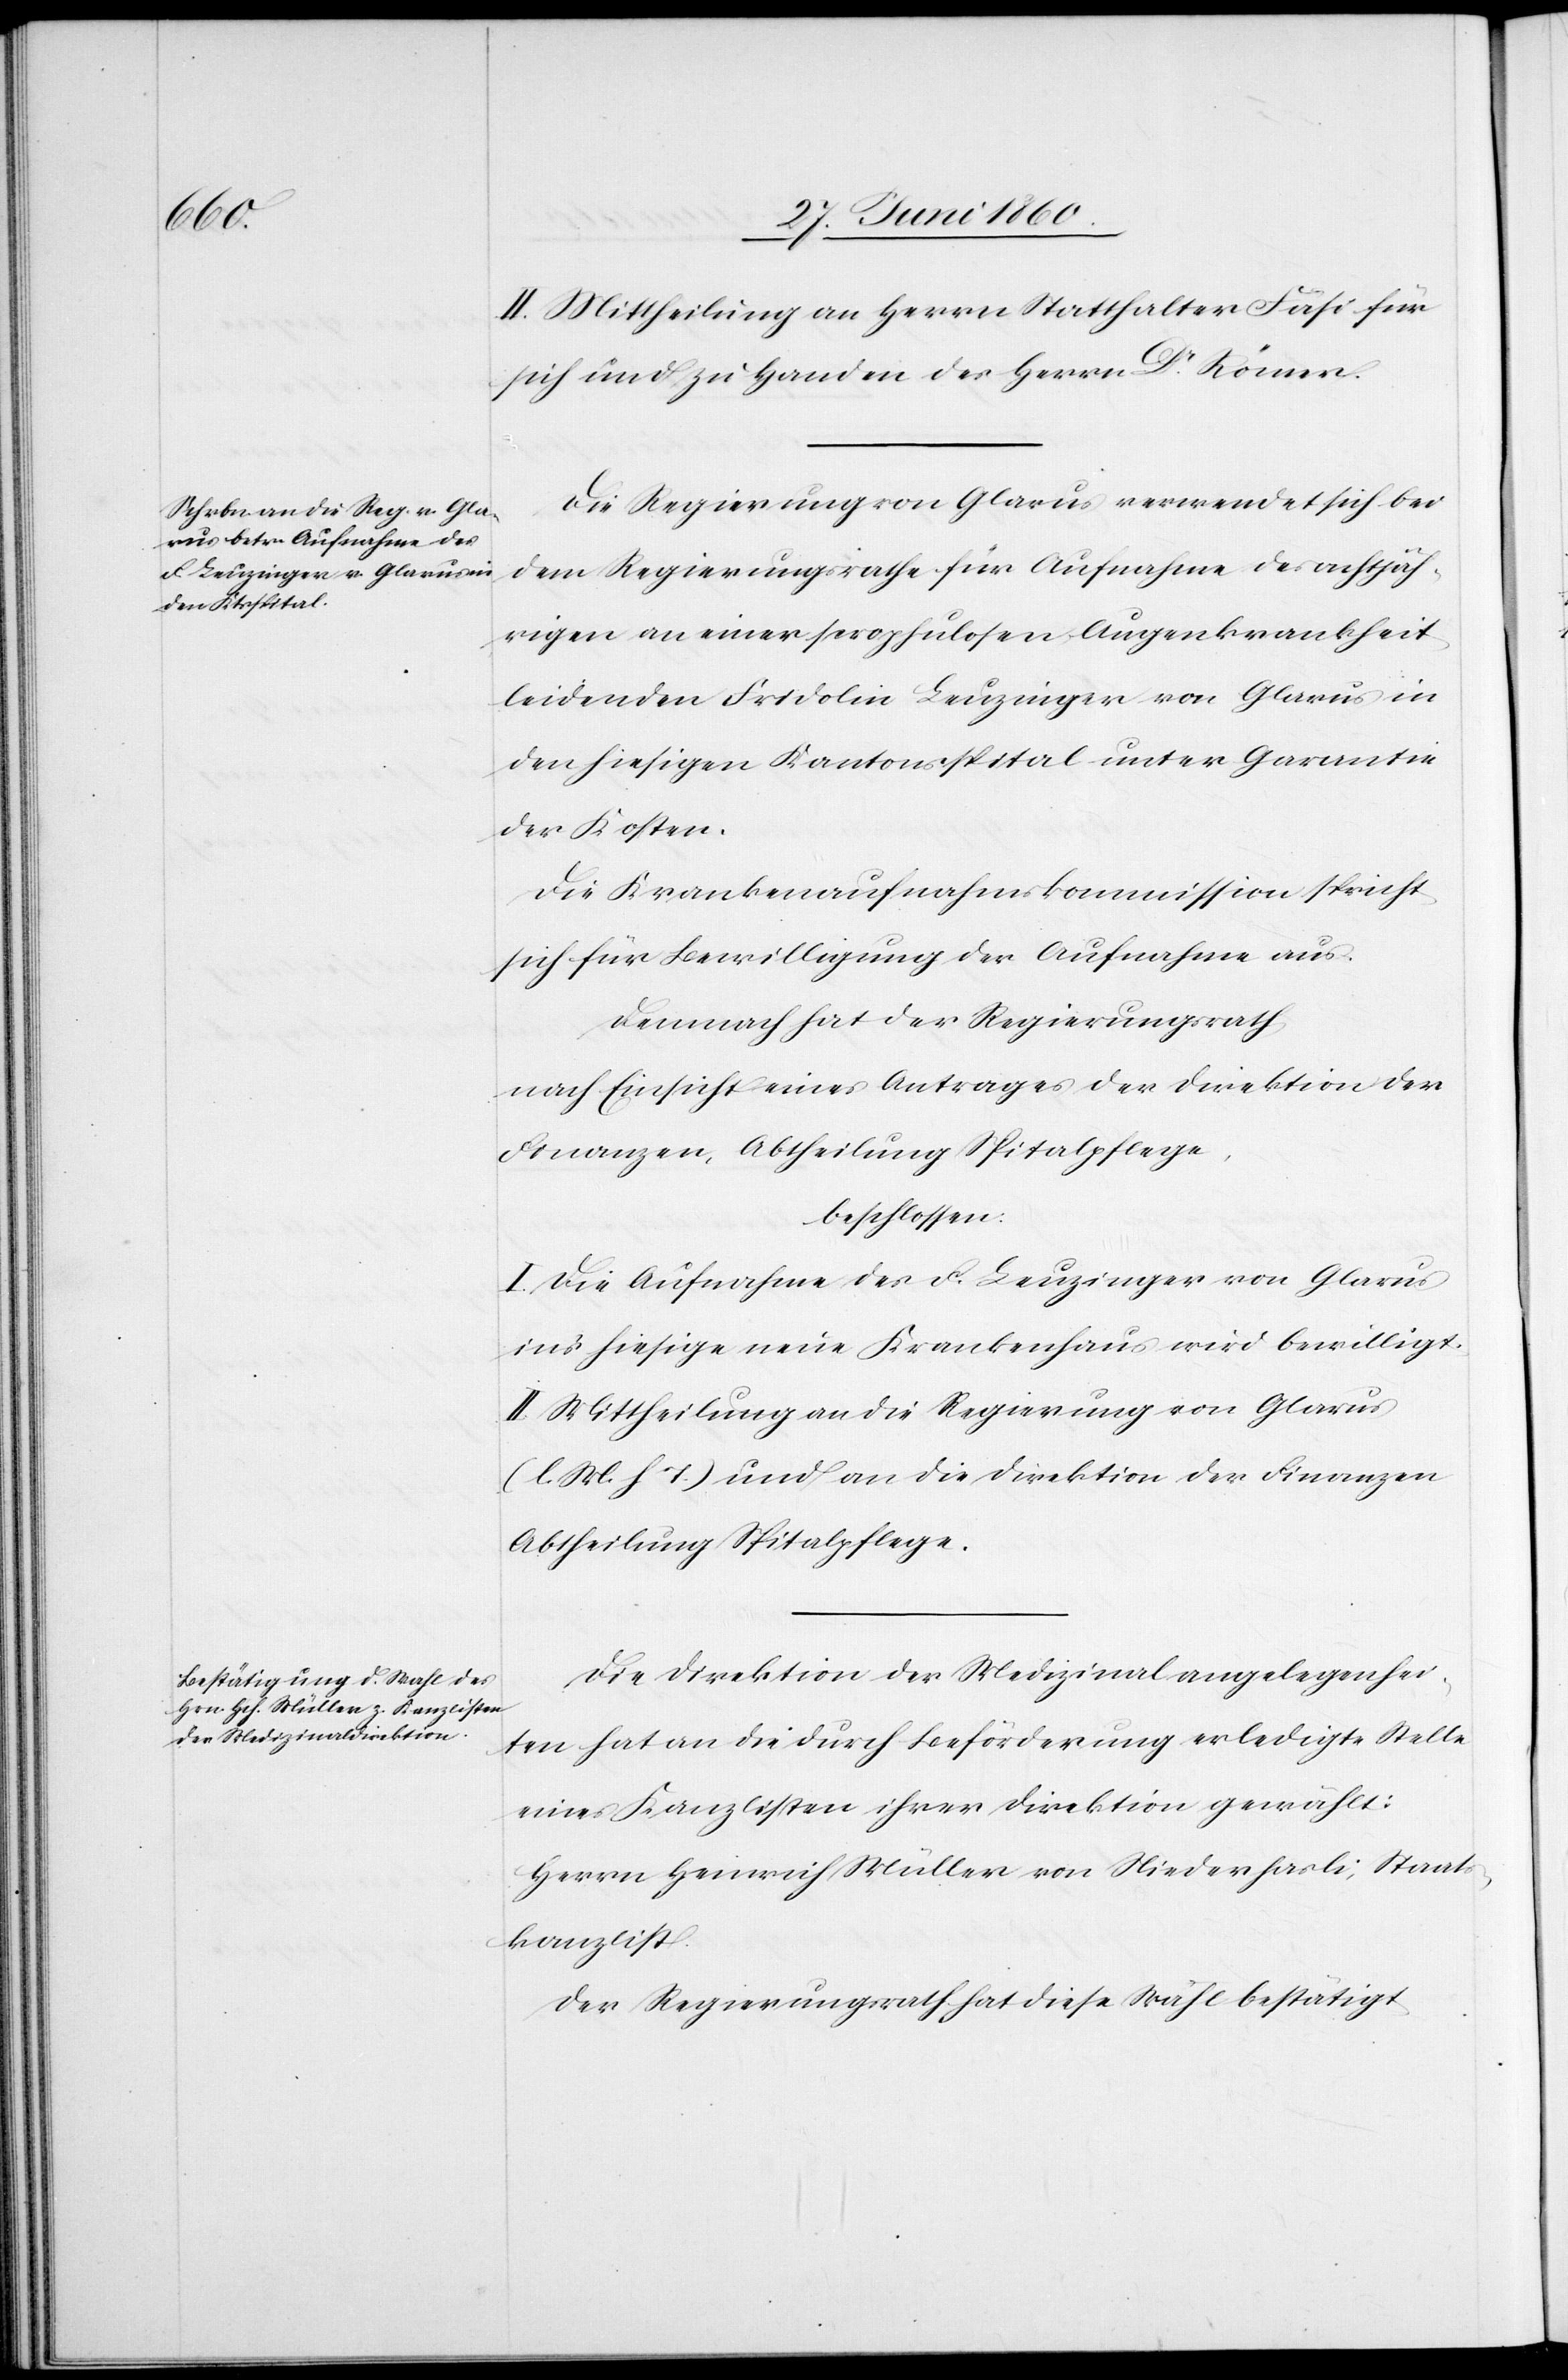
II. Mittheilung an Herrn Statthalter Fäsi für
sich und zu Handen des Herrn Dr Römer.
Die Regierung von Glarus verwendet sich bei
dem Regierungsrathe für Aufnahme des achtjäh¬
rigen an einer scrophulosen Augenkrankheit
leidenden Fridolin Leuzinger von Glarus in
den hiesigen Kantonsspital unter Garantie
der Kosten.
De Krankenaufnahmskommission spricht
sich für Bewilligung der Aufnahme aus.
Demnach hat der Regierungsrath,
nach Einsicht eines Antrages der Direktion der
Finanzen, Abtheilung Spitalpflege,
beschlossen:
I. Die Aufnahme des F. Leuzinger von Glarus
ins hiesige neue Krankenhaus wird bewilligt.
II. Mittheilung an die Regierung von Glarus
(l. M. h. T.) und an die Direktion der Finanzen
Abtheilung Spitalpflege.
Die Direktion der Medizinalangelegenhei¬
ten hat an die durch Beförderung erledigte Stelle
eines Kanzlisten ihrer Direktion gewählt:
Herrn Heinrich Müller von Niederhasli, Staats¬
kanzlist.
Der Regierungsrath hat diese Wahl bestätigt